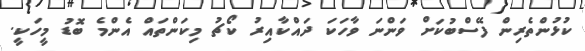
ކުޅުންތެރިން ފޭސްބުކަށް ވަންނަ ވާހަކަ ދައްކާއިރު ކޯޗު މިކަންތައް އެންމެ ބޮޑު މީހަކީ.